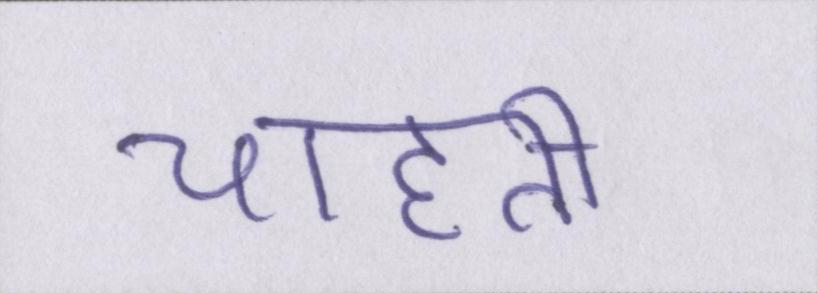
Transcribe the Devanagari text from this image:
चाहती।